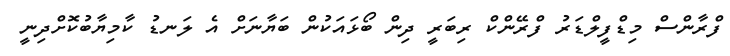
ފްރާންސް މިޑްފީލްޑަރު ފްރޭންކް ރިބަރީ ދިން ބޯޅައަކުން ބަޔާނަށް އެ ލަނޑު ކާމިޔާބުކޮށްދިނީ